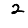
Digit: 2